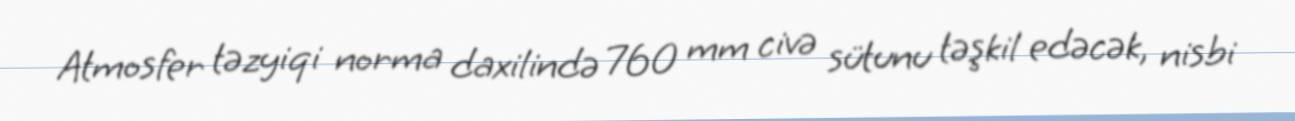
Atmosfer təzyiqi norma daxilində 760 mm civə sütunu təşkil edəcək, nisbi